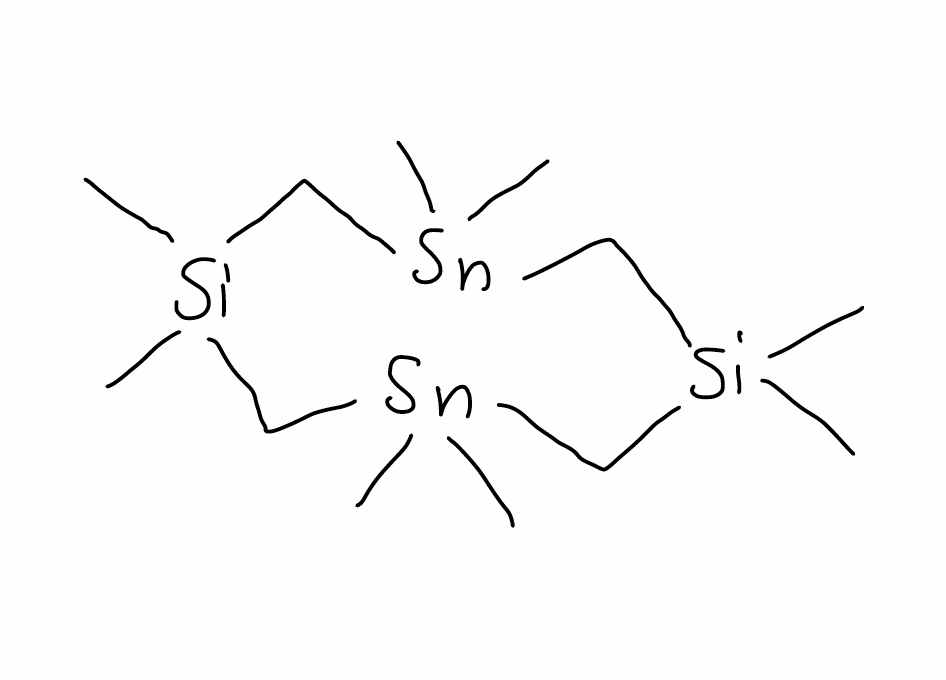
Simplified molecular-input line-entry system (SMILES) notation of the given molecule:
C[Si]1(C[Sn](C[Si](C[Sn](C1)(C)C)(C)C)(C)C)C